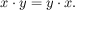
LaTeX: x \cdot y = y \cdot x .